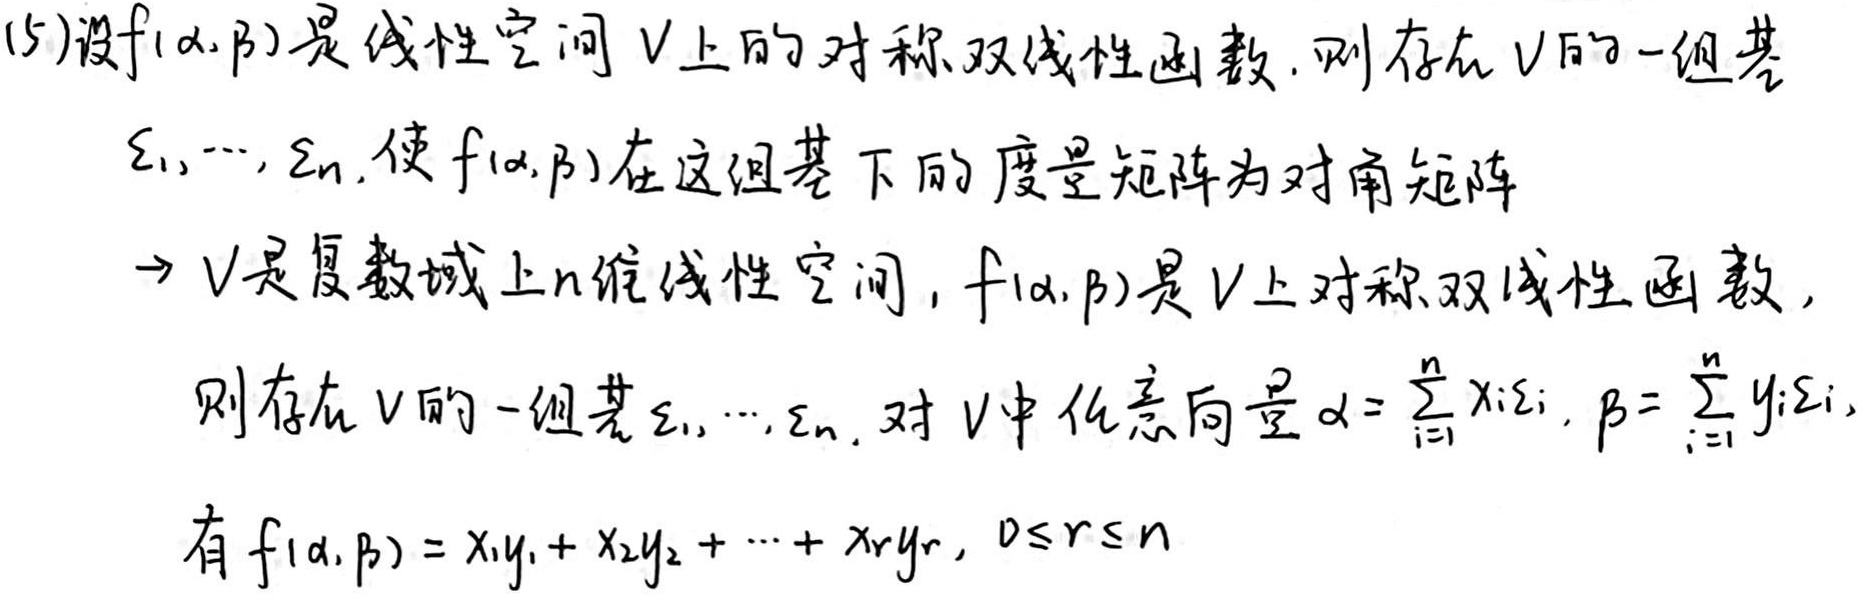
(15)设$f(\alpha,\beta)$是线性空间$V$上的对称双线性函数. 则存在$V$的一组基
$\varepsilon_1,\cdots,\varepsilon_n$, 使$f(\alpha,\beta)$在这组基下的度量矩阵为对角矩阵
$\to V$是复数域上$n$维线性空间，$f(\alpha,\beta)$是$V$上对称双线性函数，
则存在$V$的一组基$\varepsilon_1,\cdots,\varepsilon_n$, 对$V$中任意向量$\alpha = \sum_{i = 1}^{n}x_i\varepsilon_i,\beta = \sum_{i = 1}^{n}y_i\varepsilon_i$,
有$f(\alpha,\beta)=x_1y_1 + x_2y_2+\cdots + x_ry_r,0\leq r\leq n$